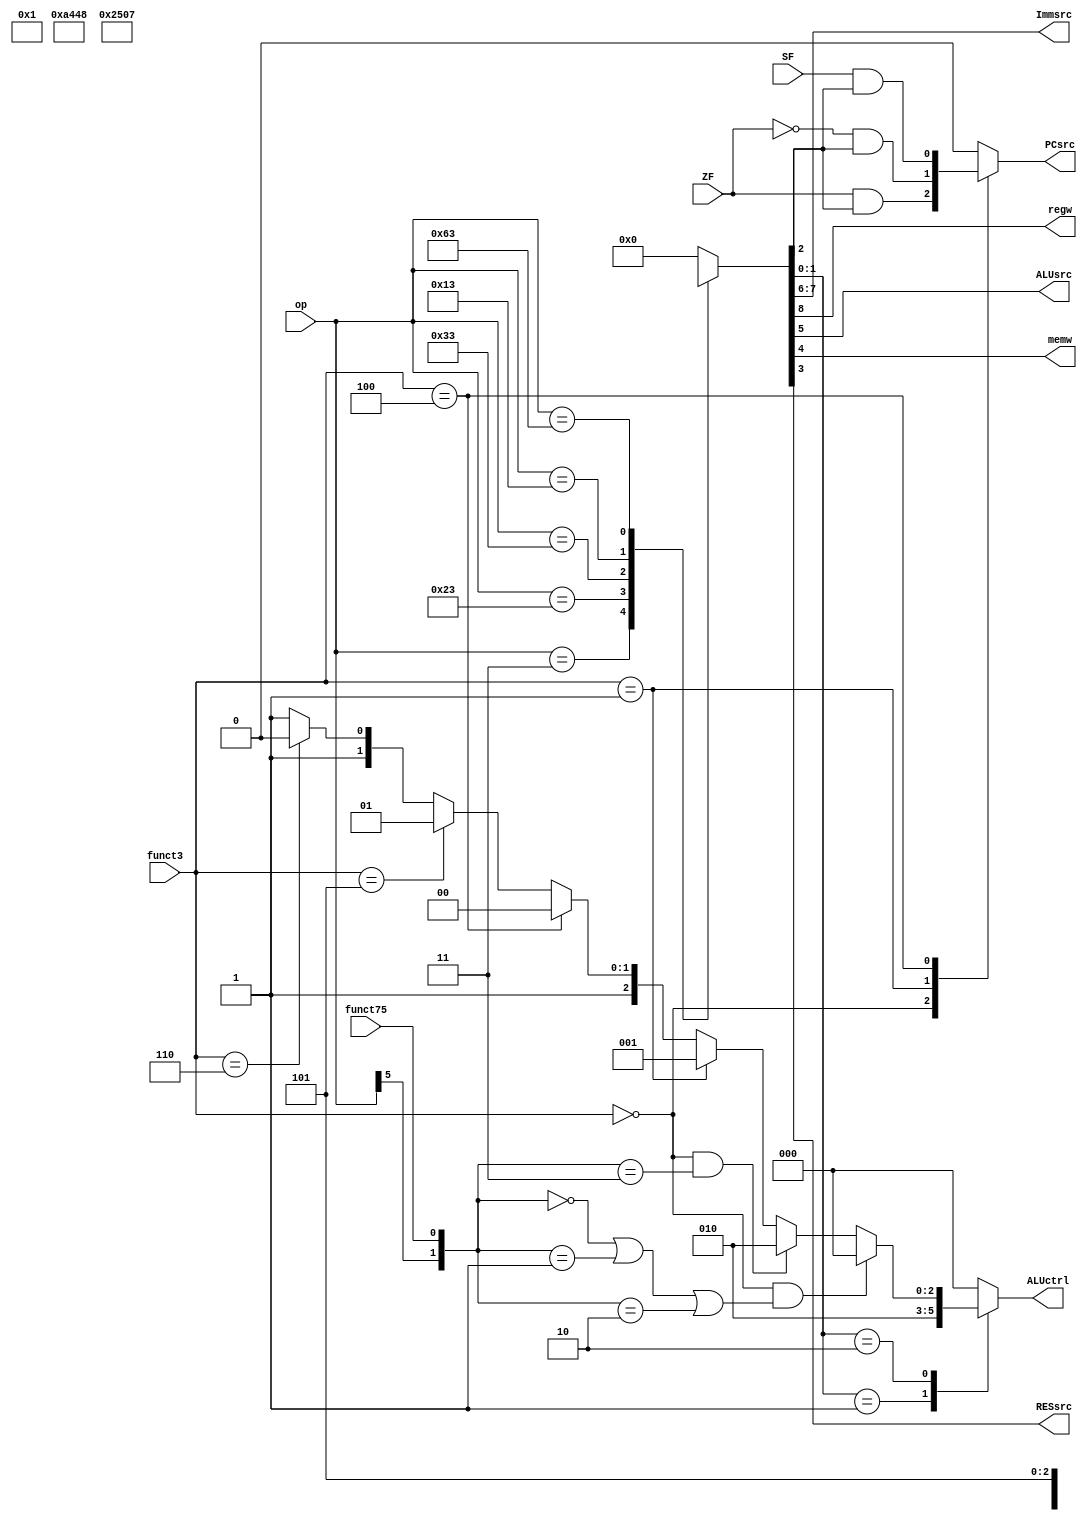
module ctrlunit(
		input [6:0] op,
		input [2:0] funct3,
		input funct75, ZF, SF,
		output reg [1:0] Immsrc,
		output reg [2:0] ALUctrl,
		output reg regw, ALUsrc, memw, RESsrc, PCsrc
		);
		
	reg [1:0] ALUop;
	reg Branch;
	
	
	
	parameter ldwd=7'b000_0011, stwd=7'b010_0011, RT=7'b011_0011, IT=7'b001_0011, BT=7'b110_0011;
	
	
	
	always @ (*)
	begin
		case (op)
		ldwd: {regw, Immsrc, ALUsrc, memw, RESsrc, Branch, ALUop} = 9'b100101000;
	
		stwd: {regw, Immsrc, ALUsrc, memw, RESsrc, Branch, ALUop} = 9'b00111X000;

		RT: {regw, Immsrc, ALUsrc, memw, RESsrc, Branch, ALUop} = 9'b1XX000010;
		
		IT: {regw, Immsrc, ALUsrc, memw, RESsrc, Branch, ALUop} = 9'b100100010;
		
		BT: {regw, Immsrc, ALUsrc, memw, RESsrc, Branch, ALUop} = 9'b01000X101;
		
		default: {regw, Immsrc, ALUsrc, memw, RESsrc, Branch, ALUop} = 9'b000000000;
		
		endcase
		
	end
	
	
	always @ (*)
	begin
		case(funct3)
			3'b000: PCsrc = ZF & Branch;
			3'b001: PCsrc = ~ZF & Branch;		
			3'b100: PCsrc = SF & Branch;
			default: PCsrc = 1'b0;
		endcase
	end
	
	always @ (*)
	begin
		case (ALUop)
		7'b00: ALUctrl = 3'b000;
	
		7'b01: if(funct3 == 3'b000 || funct3 == 3'b001 || funct3 == 3'b100) ALUctrl = 3'b010;
						else ALUctrl = 3'b010;
		
		7'b10: if(funct3 == 3'b000 & ({op[5],funct75}==2'b00 || {op[5],funct75}==2'b01 || {op[5],funct75}==2'b10)) begin ALUctrl = 3'b000; end	
						else if (funct3 == 3'b000 & {op[5],funct75}==2'b11) begin ALUctrl = 3'b010; end
						else if (funct3 == 3'b001) begin ALUctrl = 3'b001; end
						else if (funct3 == 3'b100) begin ALUctrl = 3'b100; end
						else if (funct3 == 3'b101) begin ALUctrl = 3'b101; end
						else if (funct3 == 3'b110) begin ALUctrl = 3'b110; end
						else  begin ALUctrl = 3'b111; end
		default: ALUctrl = 3'b000;
		
		endcase
		
	end
endmodule